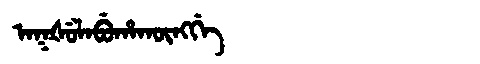
Manchu: ᠠᡴᡧᡠᠯᠠᠪᡠᡥᠠᡴᡡᠩᡤᡝ
Romanization: AKŠULABUHAKŪNGGE